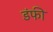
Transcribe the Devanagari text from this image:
डंफी